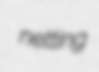
netting